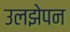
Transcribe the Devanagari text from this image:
उलझेपन